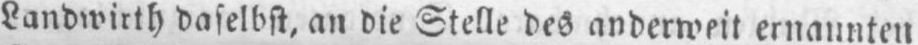
Landwirth daselbst, an die Stelle des anderweit ernannten